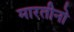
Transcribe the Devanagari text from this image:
मारतीनो